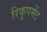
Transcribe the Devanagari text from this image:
रिकूपमेंट